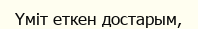
Үміт еткен достарым,